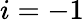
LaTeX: i=-1